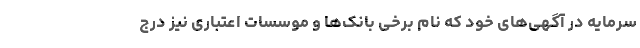
سرمایه در آگهی‌های خود که نام برخی بانک‌ها و موسسات اعتباری نیز درج